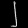
Digit: ၂